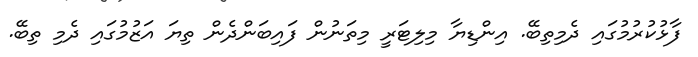
ފާޅުކުރުމުގައި ދެމިތިބޭ. އިންޑިޔާ މިލިޓަރީ މިތަނުން ފައިބަންދެން ތިޔަ އަޒުމުގައި ދެމި ތިބޭ.